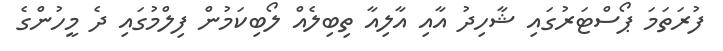
ފުރަތަމަ ޕޯސްޓަރުގައި ޝާހިދު އާއި އާލިއާ ތިބިލެއް ލޯބިކަމުން ފިލްމުގައި ދެ މީހުންގެ